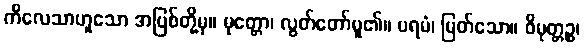
ကိလေသာဟူသော အပြစ်တို့မှ။ မုတ္တော၊ လွတ်တော်မူ၏။ ပရမံ၊ မြတ်သော။ ဝိမုတ္တဉ္စ၊